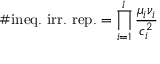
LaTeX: \# \mathrm { i n e q . ~ i r r . ~ r e p . } = \prod _ { i = 1 } ^ { l } \frac { \mu _ { i } \nu _ { i } } { c _ { i } ^ { 2 } }